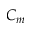
C _ { m }